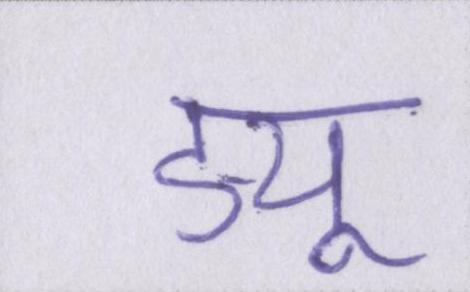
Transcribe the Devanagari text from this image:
ड्यू